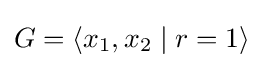
G=\langle x_{1},x_{2}\mid r=1\rangle